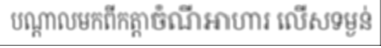
បណ្តាលមកពីកត្តាចំណីអាហារ លើសទម្ងន់